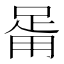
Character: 𤰉